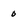
Character: 0